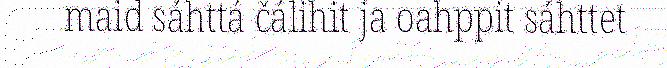
maid sáhttá čálihit ja oahppit sáhttet